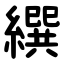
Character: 繏